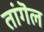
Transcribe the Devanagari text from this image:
तांगॆल